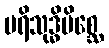
ပရိသုဒ္ဓိမိစ္ဆေ